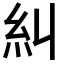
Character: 糾